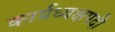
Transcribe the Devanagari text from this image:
कार्यध्यक्षपदी